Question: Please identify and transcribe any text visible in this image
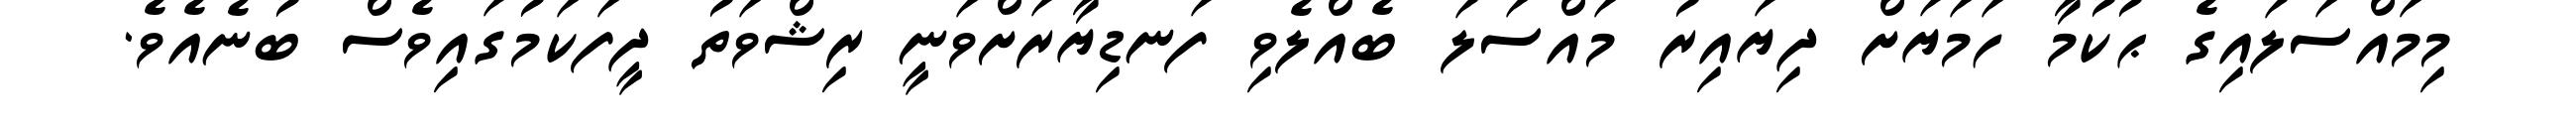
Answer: މިމައްސަލައިގެ ޙުކުމާ ހަމަޔަށް ދިޔައިރު މައްސަލަ ބެއްލެވި ފަނޑިޔާރަށްވަނީ ރިޝްވަތު ދީފަކަމުގައިވެސް ބުނެއެވެ.